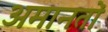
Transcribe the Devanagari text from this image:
अमानतों